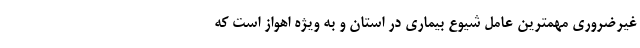
غیرضروری مهمترین عامل شیوع بیماری در استان و به ویژه اهواز است که